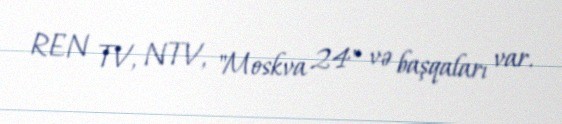
REN TV, NTV, "Moskva 24" və başqaları var.